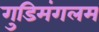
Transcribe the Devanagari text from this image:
गुडिमंगलम